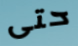
حتى